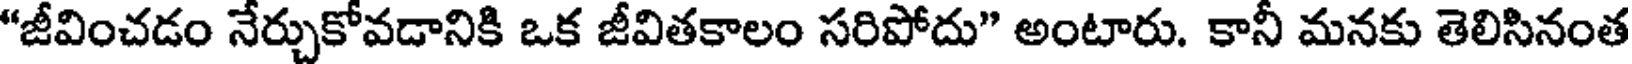
"జీవించడం నేర్చుకోవడానికి ఒక జీవితకాలం సరిపోదు" అంటారు. కానీ మనకు తెలిసినంత